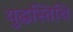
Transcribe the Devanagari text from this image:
युद्धस्तिथि